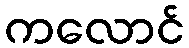
ကလောင်